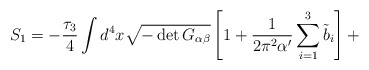
\begin{align*}S_1 = - \frac{\tau_3}{4} \int d^{4} x \sqrt{- \det G_{\alpha \beta}}\left[1 + \frac{1}{2 \pi^2 \alpha'} \sum_{i=1}^{3} {\tilde{b}}_i\right] +\end{align*}